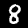
Digit: 8